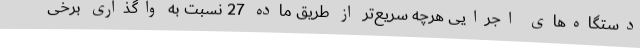
دستگاه‌های اجرایی هرچه سریع‌تر از طریق ماده 27 نسبت به واگذاری برخی